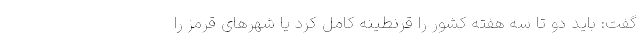
گفت: باید دو تا سه هفته کشور را قرنطینه کامل کرد یا شهرهای قرمز را